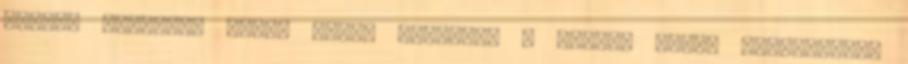
semmit csinálni vele, nincs türelmem a munkán kívül ilyesmihez.